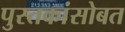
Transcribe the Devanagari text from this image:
पुस्तकांसोबत